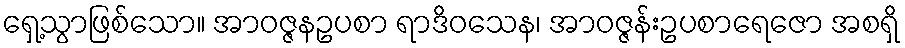
ရှေ့သွာဖြစ်သော။ အာဝဇ္ဇနဥပစာ ရာဒိဝသေန၊ အာဝဇ္ဇန်းဥပစာရေဇော အစရှိ